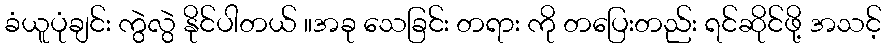
ခံယူပုံချင်း ကွဲလွဲ နိုင်ပါတယ် ။အခု သေခြင်း တရား ကို တပြေးတည်း ရင်ဆိုင်ဖို့ အသင့်